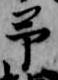
予